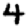
Digit: 4